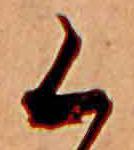
く